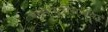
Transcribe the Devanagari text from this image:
रासपुतीननेच